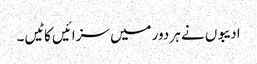
ادیبوں نے ہر دور میں سزائیں کاٹیں۔